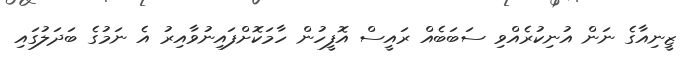
ޒީނިއާގެ ނަން އުނިކުރެއްވި ސަބަބެއް ރައީސް އޮފީހުން ހާމަކޮށްފައިނުވާއިރު އެ ނަމުގެ ބަދަލުގައި